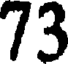
73